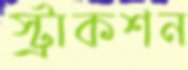
স্ট্রাকশন